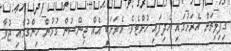
ގިފިލިތަށް އެރަށުގައި ހެދިފައި ހުށްޓެވެ. އެރަށަކީ އެއް ޖިންސުން ގުޅުން ހިންގުމާއި ޖުވާ